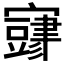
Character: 𫴜